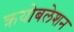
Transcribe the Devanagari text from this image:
क्रयोबलेशन